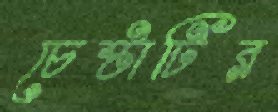
চেষ্টাটির